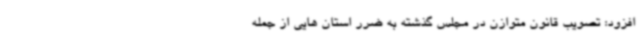
افزود: تصویب قانون متوازن در مجلس گذشته به ضرر استان هایی از جمله